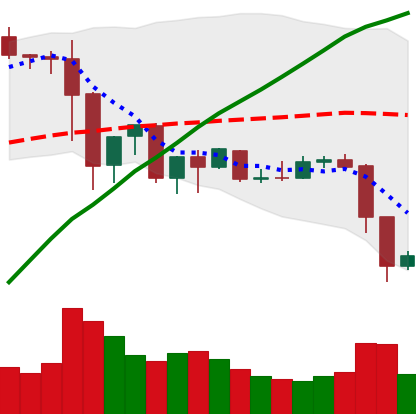
Ticker: EOS-USD
Chart end date: 2019-07-12
Forward return: -20.162%
Label: down_7plus